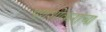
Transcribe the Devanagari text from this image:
पणशीकरांचा